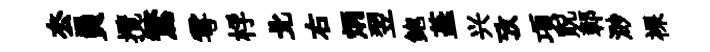
厺員攬鶩雩桴北右炳翌鲍蕋兴攷項貺鄣渺裸